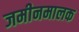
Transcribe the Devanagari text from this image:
जमीनमालक